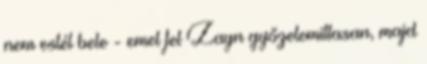
nem estél bele - emel fel Zayn győzelemittasan, majd